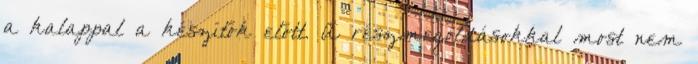
a kalappal a készítők előtt. A részmegoldásokkal most nem